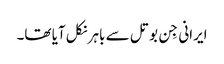
ایرانی جِن بوتل سے باہر نکل آیا تھا۔